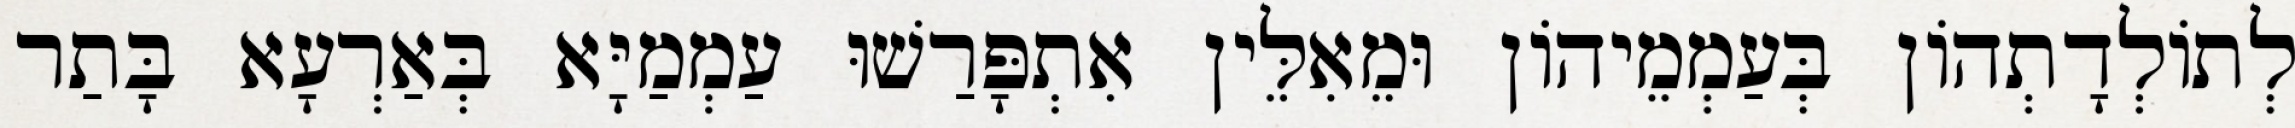
לְתוֹלְדָתְהוֹן בְּעַמְמֵיהוֹן וּמֵאִלֵּין אִתְפָּרַשׁוּ עַמְמַיָּא בְּאַרְעָא בָּתַר